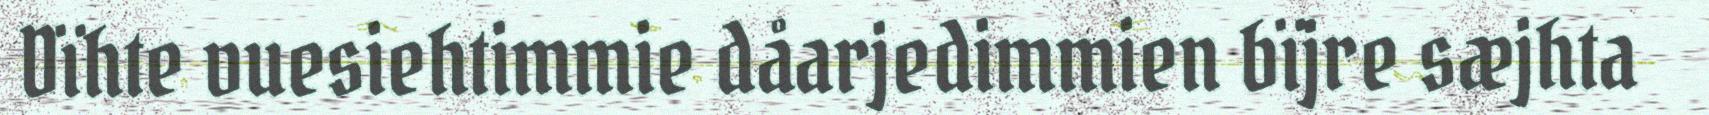
Dïhte vuesiehtimmie dåarjedimmien bïjre sæjhta